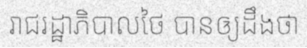
រាជរដ្ឋាភិបាលថៃ បានឲ្យដឹងថា